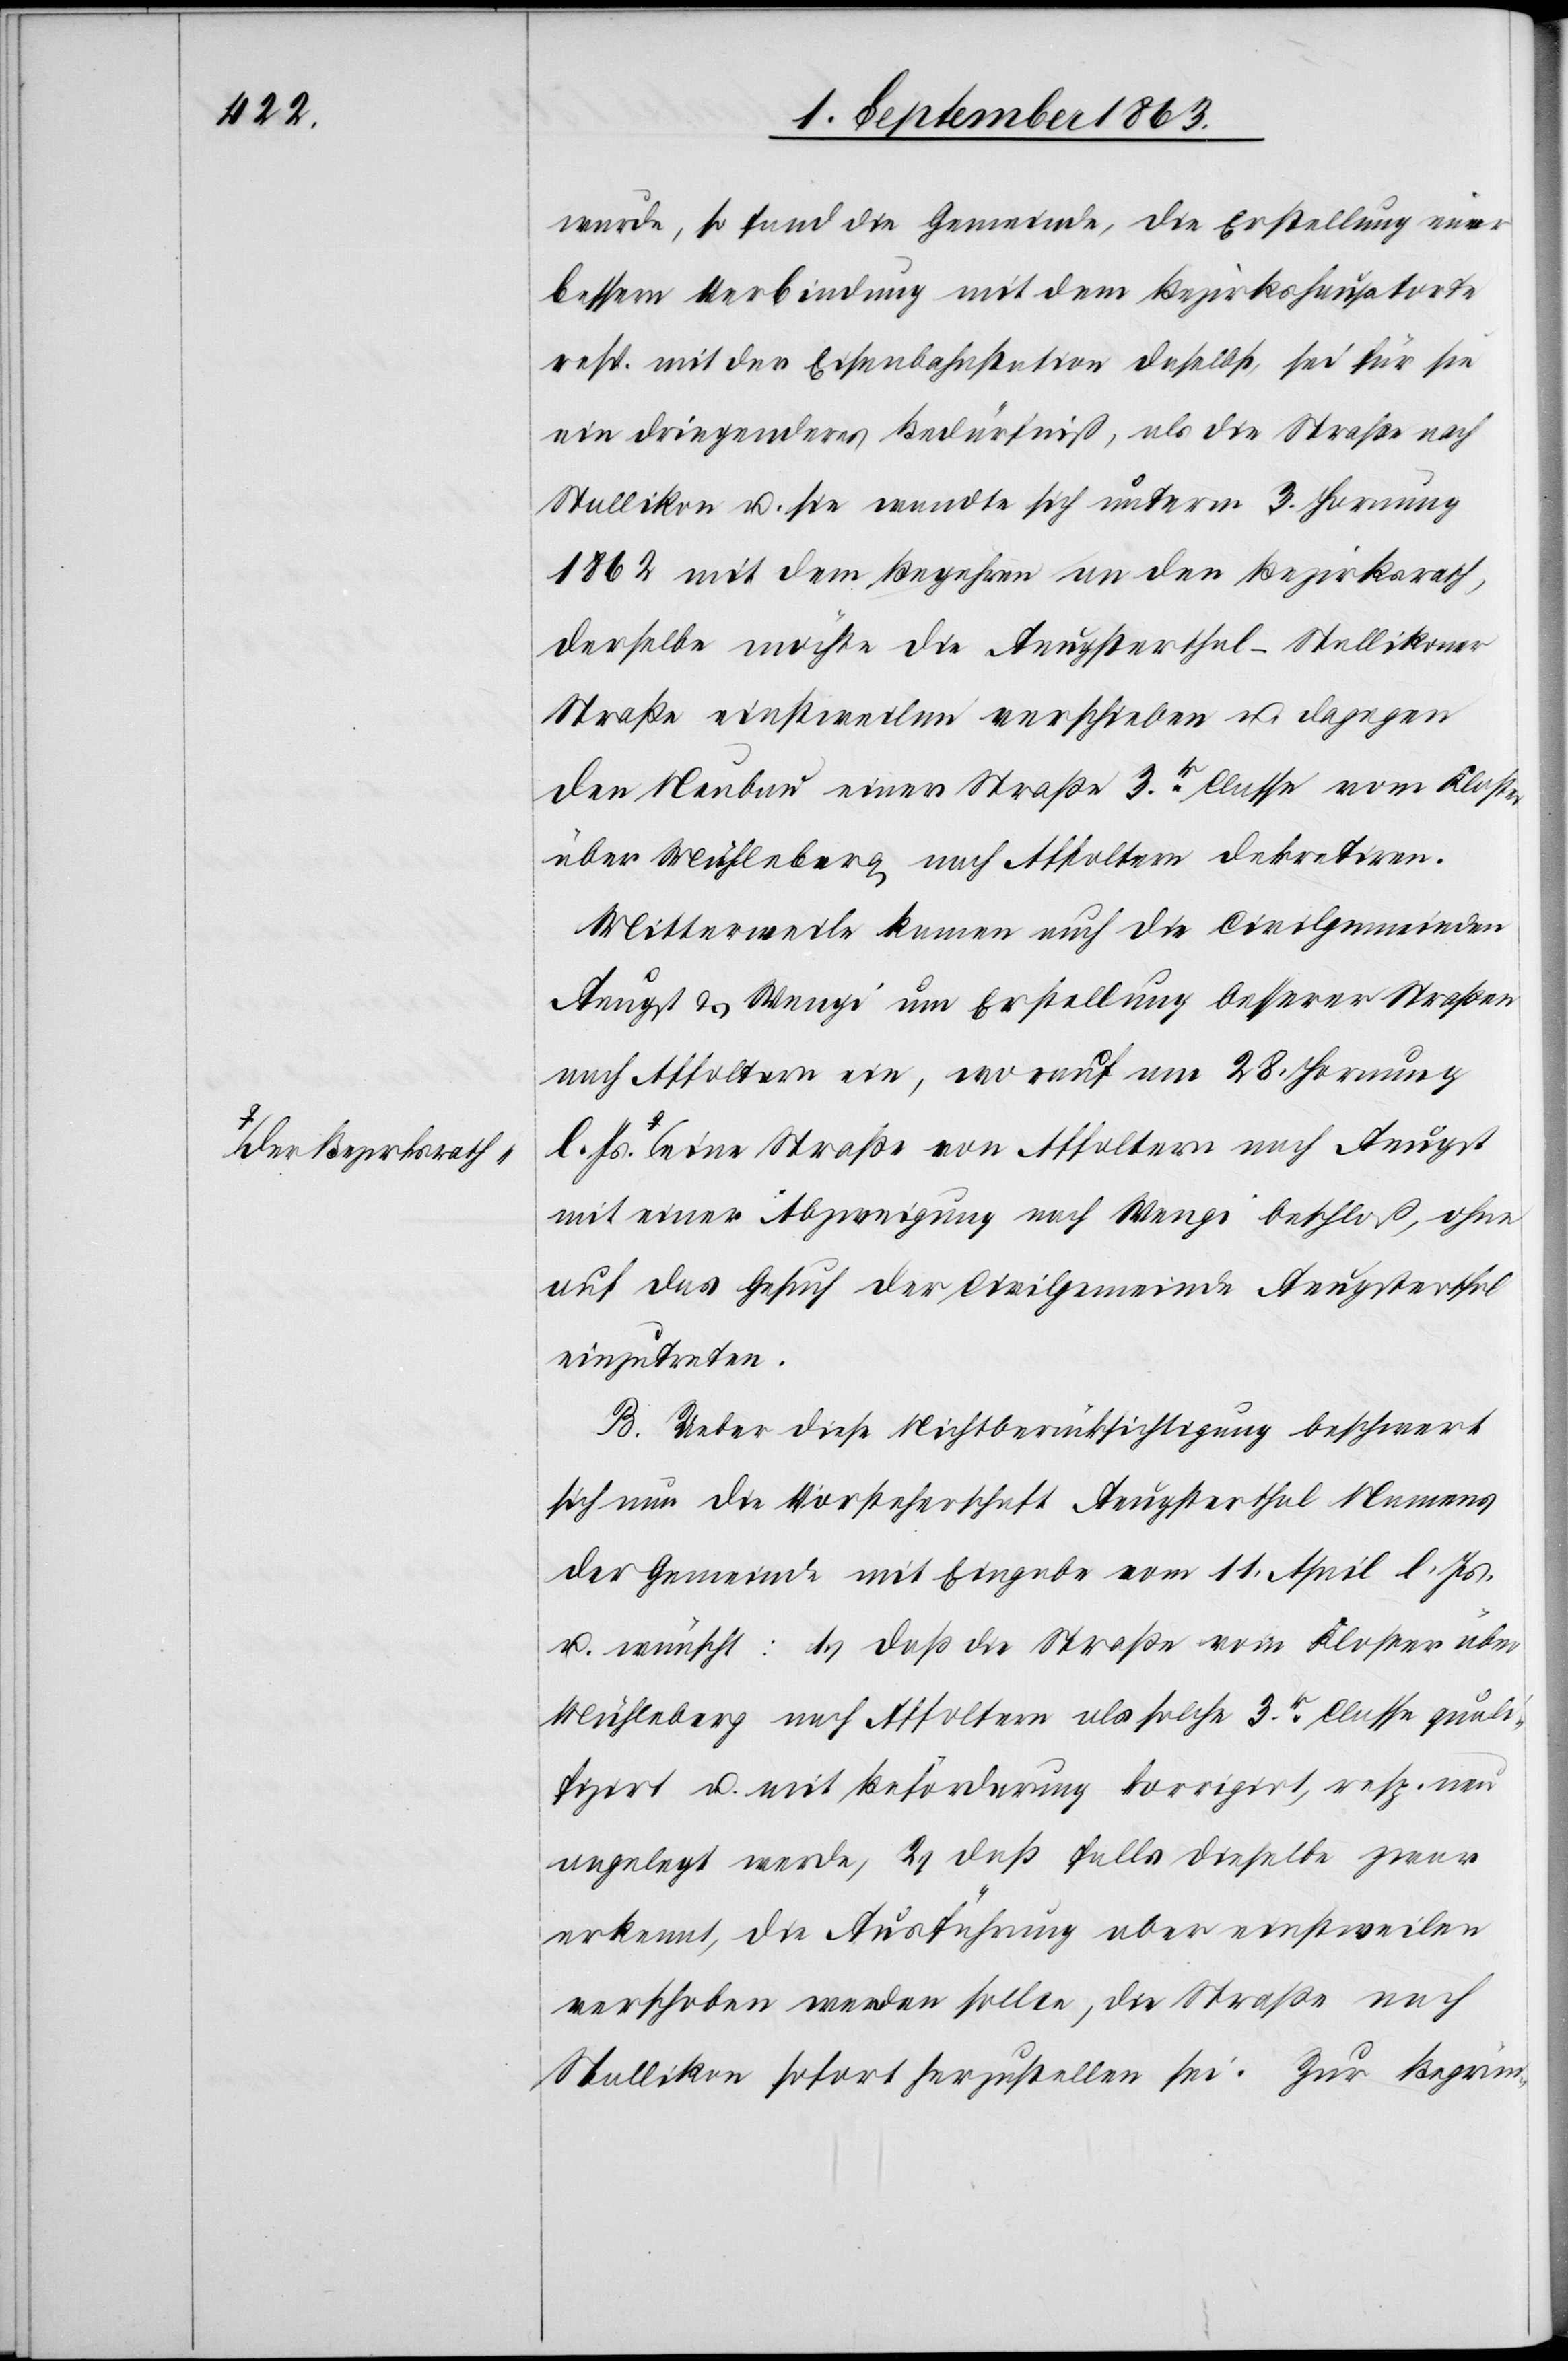
a-der Bezirksrat¬

wurde, so fand die Gemeinde, die Erstellung einer
bessern Verbindung mit dem Bezirkshauptorte
resp. mit der Eisenbahnstation daselbst, sei für sie
ein dringenderes Bedürfniß, als die Straße nach
Stallikon u. sie wandte sich unterm 3. Hornung
1862 mit dem Begehren an den Bezirksrath,
derselbe möchte die Aeugsterthal–Stallikoner
Straße einstweilen verschieben u. dagegen
den Neubau einer Straße 3r. Classe vom Kloster
über Mühleberg nach Affoltern dekretiren.
Mittlerweile kamen auch die Civilgemeinden
Aeugst & Wengi um Erstellung besserer Straßen
nach Affoltern ein, worauf am 28. Hornung
h-a eine Straße von Affoltern nach Aeugst
mit einer Abzweigung nach Wengi beschloß, ohne
auf das Gesuch der Civilgemeinde Aeugsterthal
einzutreten.
B. Ueber diese Nichtberücksichtigung beschwert
sich nun die Vorsteherschaft Aeugsterthal Namens
der Gemeinde mit Eingabe vom 11. April l. Js.
u. wünscht: 1.) daß die Straße vom Kloster über
Mühleberg nach Affoltern als solche 3r. Classe quali¬
fizirt u. mit Beförderung korrigirt, resp. neu
angelegt werde, 2.) daß falls dieselbe zwar
erkennt, die Ausführung aber einstweilen
verschoben werden sollte, die Straße nach
Stallikon sofort herzustellen sei. Zur Begrün-